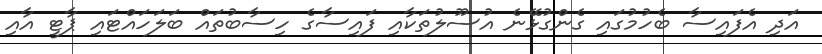
އަދި އެފައިސާ ބެހުމުގައި ގެންގުޅޭނެ އުސޫލުތަކާއި ފައިސާގެ ހިސާބުތައް ބަލަހައްޓައި ޕާޓީ އާއި